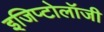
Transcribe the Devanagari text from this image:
इजिप्टोलॉजी